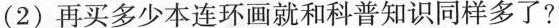
(2)再买多少本连环画就和科普知识同样多了?